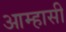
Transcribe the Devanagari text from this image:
आम्हासी